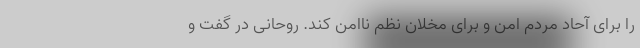
را برای آحاد مردم امن و برای مخلان نظم ناامن کند. روحانی در گفت و